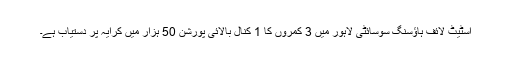
اسٹیٹ لائف ہاؤسنگ سوسائٹی لاہور میں 3 کمروں کا 1 کنال بالائی پورشن 50 ہزار میں کرایہ پر دستیاب ہے۔